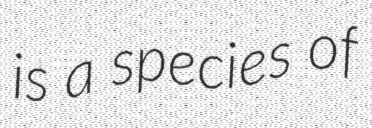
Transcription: is a species of